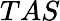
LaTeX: TAS